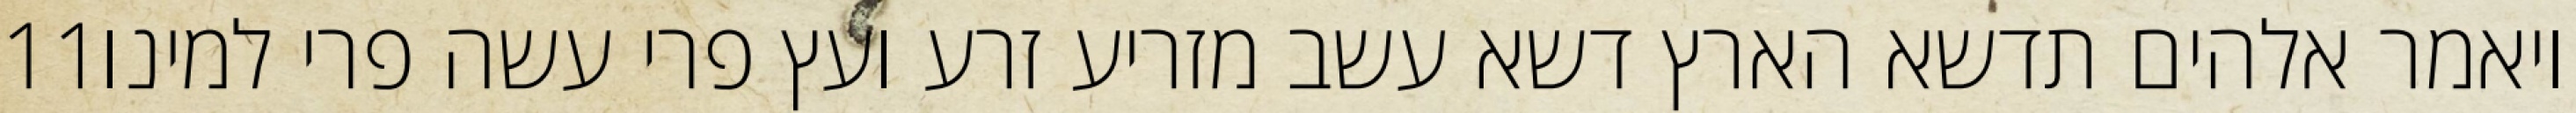
‎11‏ ויאמר אלהים תדשא הארץ דשא עשב מזריע זרע ועץ פרי עשה פרי למינו